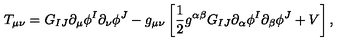
T _ { \mu \nu } = G _ { I J } \partial _ { \mu } \phi ^ { I } \partial _ { \nu } \phi ^ { J } - g _ { \mu \nu } \left[ { \frac { 1 } { 2 } } g ^ { \alpha \beta } G _ { I J } \partial _ { \alpha } \phi ^ { I } \partial _ { \beta } \phi ^ { J } + V \right] ,